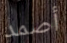
أصمد